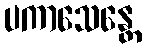
ပကာသေန္တေ